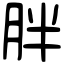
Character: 胖